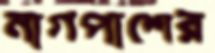
নাগপাশের